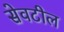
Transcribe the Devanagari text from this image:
सेवटील